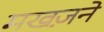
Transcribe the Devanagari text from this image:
मखज़ने